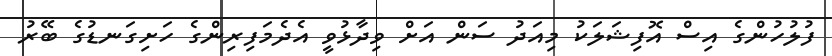
ފުލުހުންގެ އިސް އޮފިޝަލަކު މިއަދު ސަން އަށް ވިދާޅުވީ އެދެމަފިރިންގެ ހަށިގަނޑުގެ ބޭރު